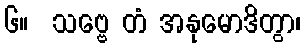
၆။  သဗ္ဗေ တံ အနုမောဒိတွာ၊